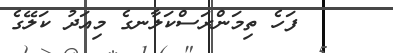
ފަހެ ތިމަންރަސްކަލާނގެ މިއަދު ކަލޭގެ